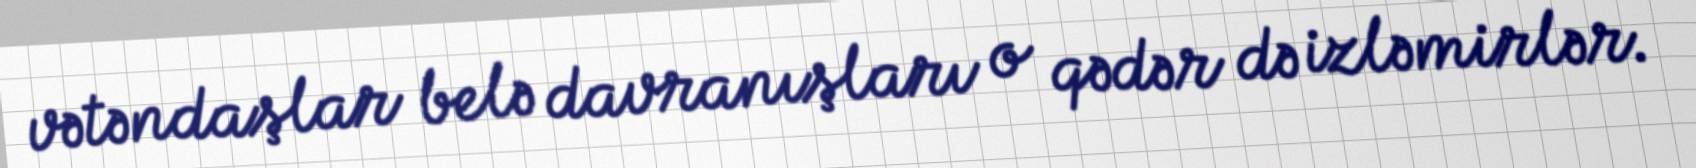
vətəndaşlar belə davranışları o qədər də izləmirlər.